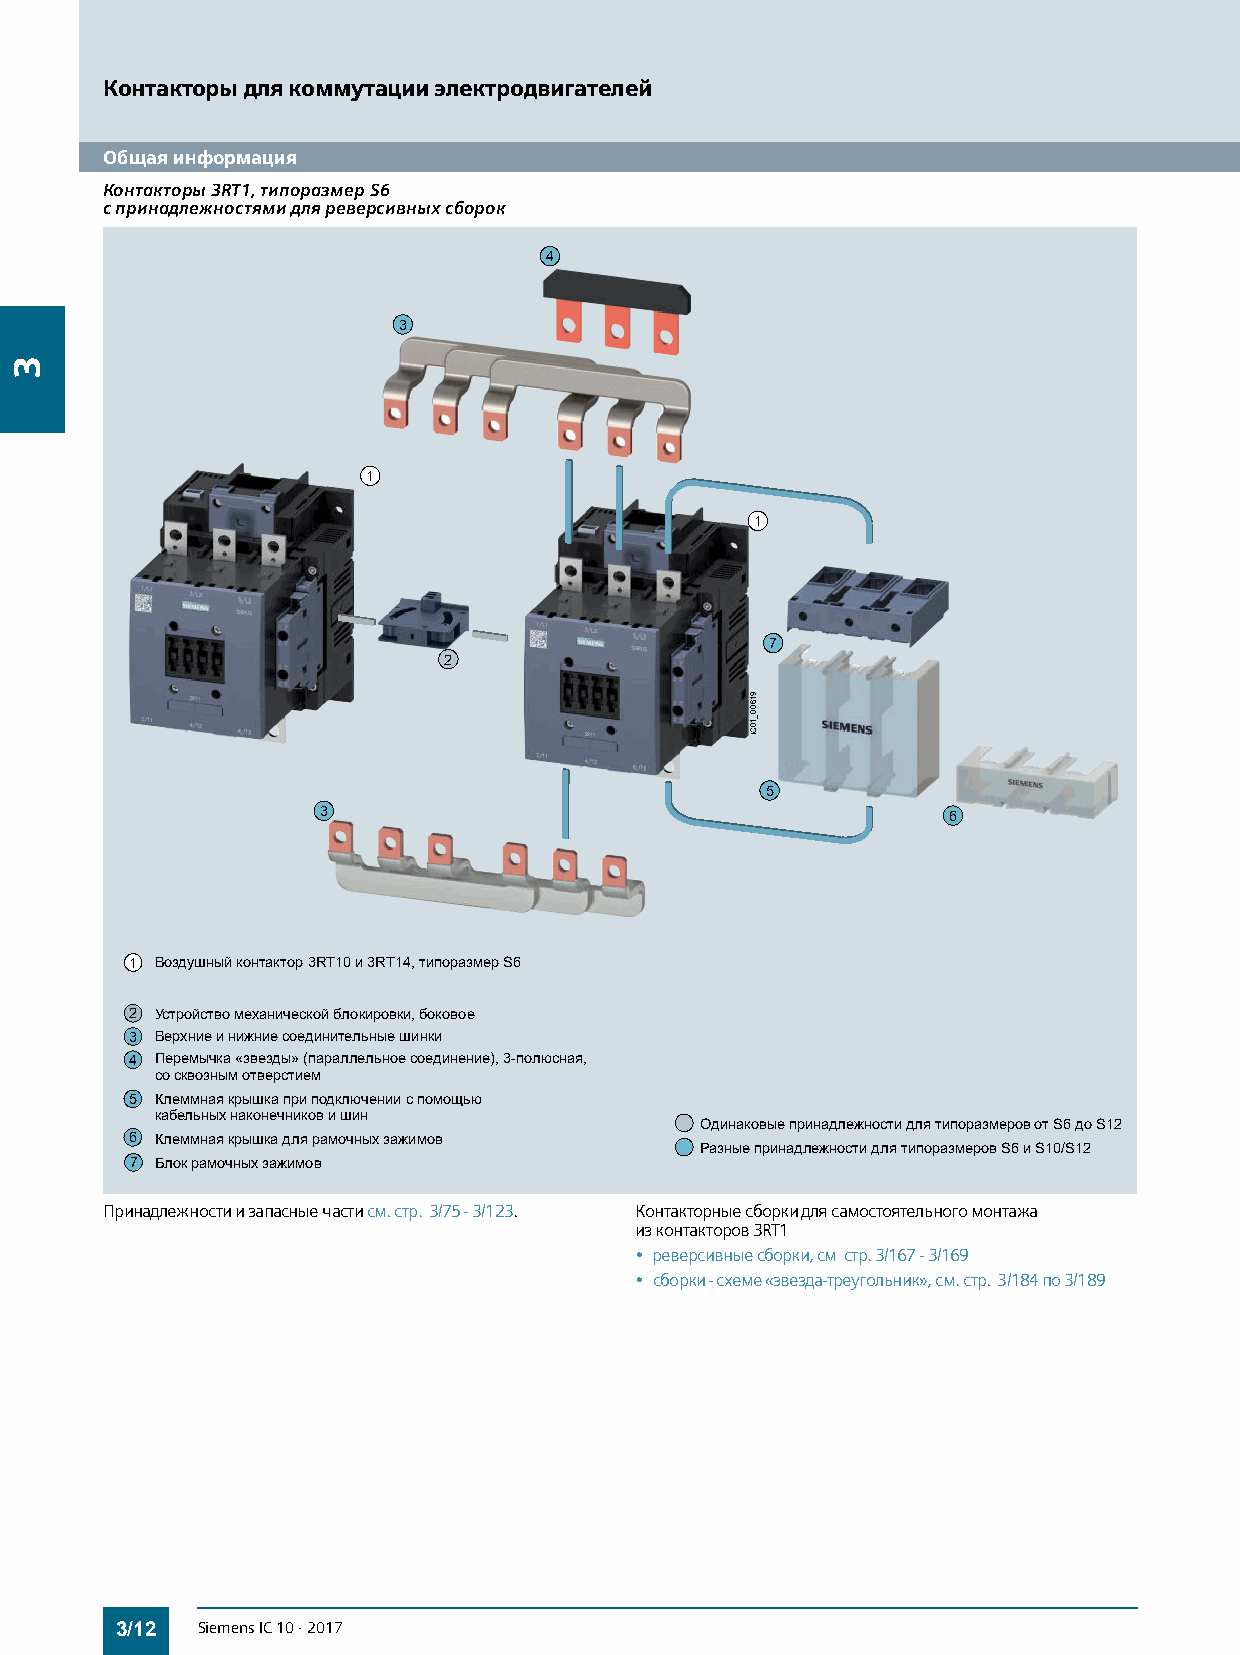
Контакторы для коммутации электродвигателей
 Общая информация
 Контакторы 3RT1, типоразмер S6
 с принадлежностями для реверсивных сборок
 4
 3
 1
 1
 7
 2
 IC01_00619
 5
 3                                         6
 1 Воздушныйконтактор3RT10и3RT14,типоразмерS6
 2 Устройствомеханическойблокировки,боковое
 3 Верхниеинижниесоединительныешинки
 4 Перемычка«звезды» (параллельноесоединение), 3-полюсная,
 сосквознымотверстием
 5 Клеммнаякрышкаприподключенииспомощью
 кабельныхнаконечниковишин
 ОдинаковыепринадлежностидлятипоразмеровотS6доS12
 6 Клеммнаякрышкадлярамочныхзажимов
 РазныепринадлежностидлятипоразмеровS6иS10/S12
 7 Блокрамочныхзажимов
 Принадлежности и запасные части см. стр. 3/75 - 3/123. Контакторные сборки для самостоятельного монтажа
 изконтакторов3RT1
 • реверсивные сборки, см стр. 3/167 - 3/169
 • сборки - схеме «звезда-треугольник», см. стр. 3/184 по 3/189
 3/12 Siemens IC 10 · 2017
 3